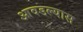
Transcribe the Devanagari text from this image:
आवडल्यास